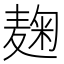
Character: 麹